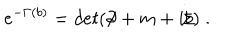
LaTeX: e ^ { - \Gamma ( b ) } = d e t ( \partial \! \! \! / + m + i b \! \! \! / ) \; .